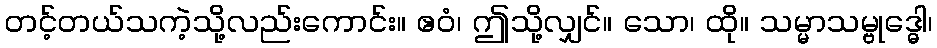
တင့်တယ်သကဲ့သို့လည်းကောင်း။ ဧဝံ၊ ဤသို့လျှင်။ သော၊ ထို။ သမ္မာသမ္ဗုဒ္ဓေါ၊